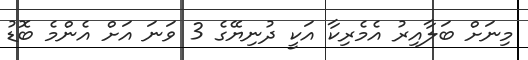
މިނަށް ބަލާއިރު އެމެރިކާ އަކީ ދުނިޔޭގެ 3 ވަނަ އަށް އެންމެ ބޮޑު